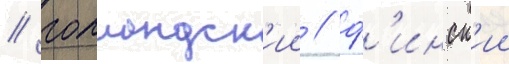
/ голландск'ии / ф'инск'ии